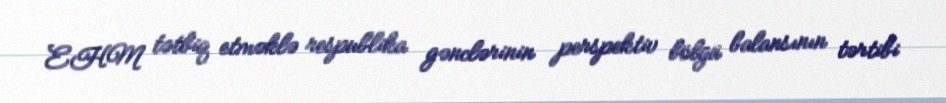
EHM tətbiq etməklə respublika gənclərinin perspektiv bölgü balansının tərtibi